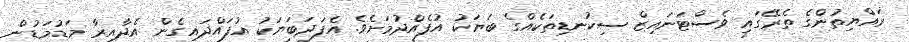
ރައްޔިތުންގެ ތެރޭގައި ވެސްޓަނައިޒް ސިކުނޑިތަކެއްގެ ބަޔަކު އުފެއްދުމަށެވެ. އެފަދަބަޔަކު އުފައްދައިގެން އެދާއިރާ މަޑުމަޑުން